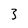
Character: 3